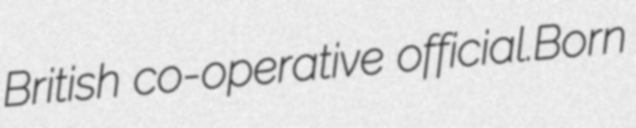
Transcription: British co-operative official.Born